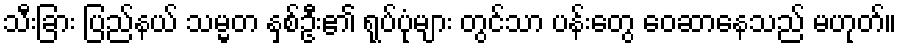
သီးခြား ပြည်နယ် သမ္မတ နှစ်ဦး၏ ရုပ်ပုံများ တွင်သာ ပန်းတွေ ဝေဆာနေသည် မဟုတ်။